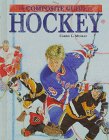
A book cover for The Composite Guide to Hockey  (Composite Guides); Carrie L. Muskat; Children's Books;